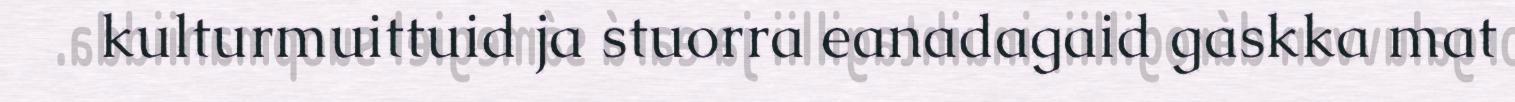
kulturmuittuid ja stuorra eanadagaid gaskka mat